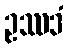
ဥဿဒံ